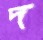
দ